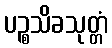
ပဉ္စသိခသုတ္တံ